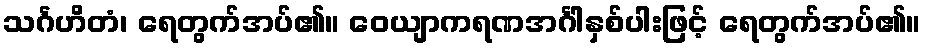
သင်္ဂဟိတံ၊ ရေတွက်အပ်၏။ ဝေယျာကရဏအင်္ဂါနှစ်ပါးဖြင့် ရေတွက်အပ်၏။